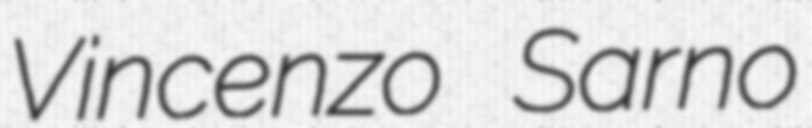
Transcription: Vincenzo Sarno